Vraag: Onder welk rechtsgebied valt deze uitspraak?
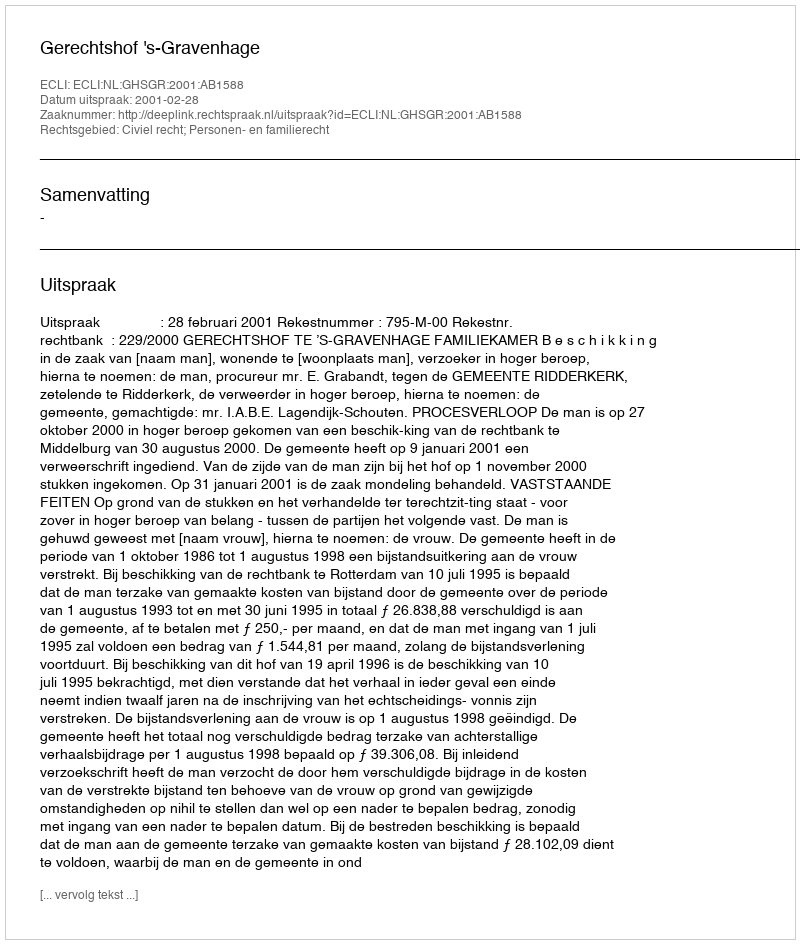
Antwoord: Civiel recht; Personen- en familierecht